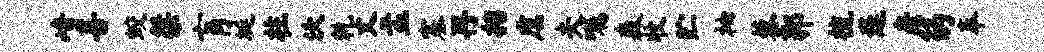
崎喜蛟桀肓埏柱沃乾丈孟塞再招虞夫嘱森收贮袖藜郭梳蓬彦的奉